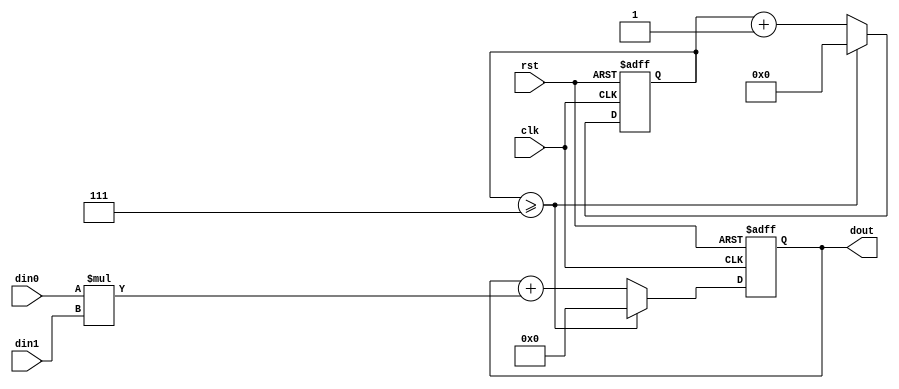
module mac8(clk, rst, din0, din1, dout);
  input clk;
  input rst;
  input  [7:0]  din0;
  input  [7:0]  din1;
  output [15:0] dout;

  reg    [3:0]  counter;
  reg    [15:0] accumulator;

  //https://www.reddit.com/r/yosys/comments/5cnvzz/error_with_synthesizing_some_verilog_code/
  always @(posedge clk or negedge rst) begin
    // Reset routine
    if (~rst) begin
      counter <= 0;
      accumulator <= 0;
    end
    else if (counter >= 7) begin
      counter <= 0;
      accumulator <= 0;
    end
    // Multiplication cycle
    else begin
      counter = counter + 1;
      accumulator <= accumulator + din0*din1;
    end
  end
  //Outputs
  assign dout = accumulator;

endmodule